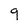
Character: 9